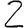
Digit: 2